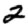
Digit: 2